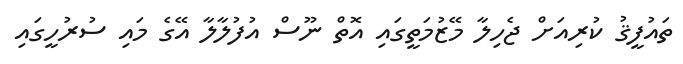
ތައުފީޤު ކުރިއަށް ޖެހިލާ މޭޒުމަތީގައި އޮތް ނޫސް އުފުލާލާ އޭގެ މައި ސުރުހީގައި